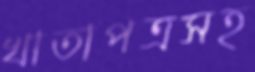
খাতাপত্রসহ